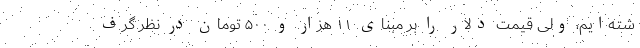
شته‌ایم، ولی قیمت دلار را بر مبنای ۱۱ هزار و ۵۰۰ تومان در نظر گرف